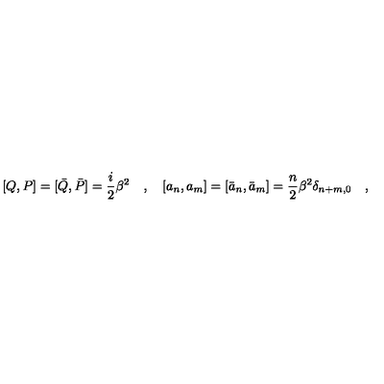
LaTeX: [ Q , P ] = [ \bar { Q } , \bar { P } ] = \frac { i } { 2 } \beta ^ { 2 } \quad , \quad [ a _ { n } , a _ { m } ] = [ \bar { a } _ { n } , \bar { a } _ { m } ] = \frac { n } { 2 } \beta ^ { 2 } \delta _ { n + m , 0 } \quad ,